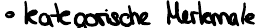
kategorische Merkmale